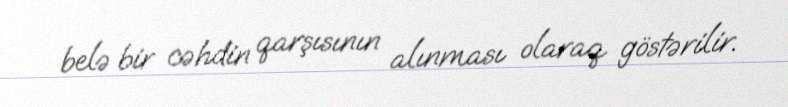
belə bir cəhdin qarşısının alınması olaraq göstərilir.